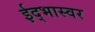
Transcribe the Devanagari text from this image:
ईद्भास्वर